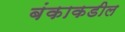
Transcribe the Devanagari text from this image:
बंकाकडील